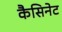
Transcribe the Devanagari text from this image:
कैसिनेट